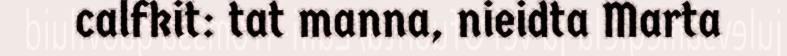
calfkit: tat manna, nieidta Marta